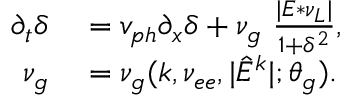
\begin{array} { r l } { \partial _ { t } \delta } & { { } = v _ { p h } \partial _ { x } \delta + \nu _ { g } ~ \frac { | E * \nu _ { L } | } { 1 + \delta ^ { 2 } } , } \\ { \nu _ { g } } & { { } = \nu _ { g } ( k , \nu _ { e e } , | \hat { E } ^ { k } | ; \theta _ { g } ) . } \end{array}